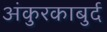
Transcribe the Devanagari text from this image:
अंकुरकाबुर्द